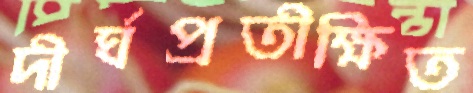
দীর্ঘপ্রতীক্ষিত